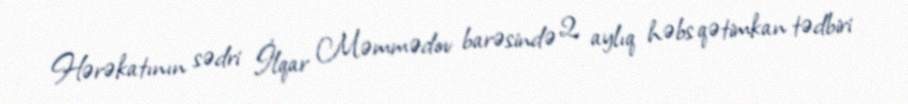
Hərəkatının sədri İlqar Məmmədov barəsində 2 aylıq həbs qətimkan tədbiri